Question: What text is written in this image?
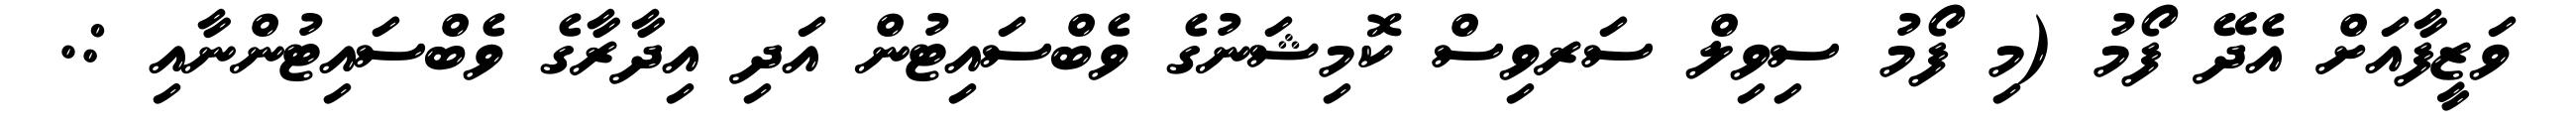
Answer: ވަޒީފާއަށް އެދޭ ފޯމު (މި ފޯމު ސިވިލް ސަރވިސް ކޮމިޝަނުގެ ވެބްސައިޓުން އަދި އިދާރާގެ ވެބްސައިޓުންނާއި :.